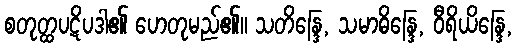
စတုတ္ထပဋိပဒါ၏ ဟေတုမည်၏။ သတိန္ဒြေ, သမာဓိန္ဒြေ, ဝီရိယိန္ဒြေ,